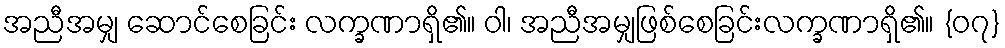
အညီအမျှ ဆောင်စေခြင်း လက္ခဏာရှိ၏။ ဝါ၊ အညီအမျှဖြစ်စေခြင်းလက္ခဏာရှိ၏။ {၀၇}